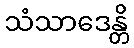
သံသာဒေန္တိ